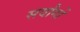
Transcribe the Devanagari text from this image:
सर्वांगों